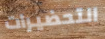
التحضيرات